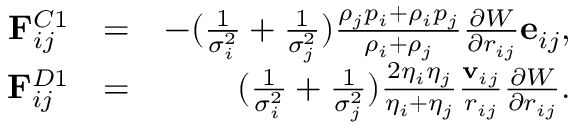
\begin{array} { r l r } { \mathbf { F } _ { i j } ^ { C 1 } } & { = } & { - ( \frac { 1 } { \sigma _ { i } ^ { 2 } } + \frac { 1 } { \sigma _ { j } ^ { 2 } } ) \frac { \rho _ { j } p _ { i } + \rho _ { i } p _ { j } } { \rho _ { i } + \rho _ { j } } \frac { \partial { W } } { \partial { r _ { i j } } } \mathbf { e } _ { i j } , } \\ { \mathbf { F } _ { i j } ^ { D 1 } } & { = } & { ( \frac { 1 } { \sigma _ { i } ^ { 2 } } + \frac { 1 } { \sigma _ { j } ^ { 2 } } ) \frac { 2 \eta _ { i } \eta _ { j } } { \eta _ { i } + \eta _ { j } } \frac { \mathbf { v } _ { i j } } { r _ { i j } } \frac { \partial { W } } { \partial { r _ { i j } } } . } \end{array}